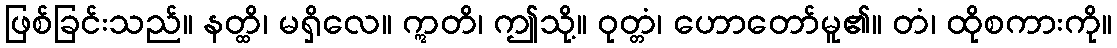
ဖြစ်ခြင်းသည်။ နတ္ထိ၊ မရှိလေ။ ဣတိ၊ ဤသို့။ ဝုတ္တံ၊ ဟောတော်မူ၏။ တံ၊ ထိုစကားကို။